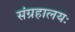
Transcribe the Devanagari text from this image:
संग्रहालयः